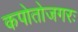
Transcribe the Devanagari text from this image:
कपोतोजगरः